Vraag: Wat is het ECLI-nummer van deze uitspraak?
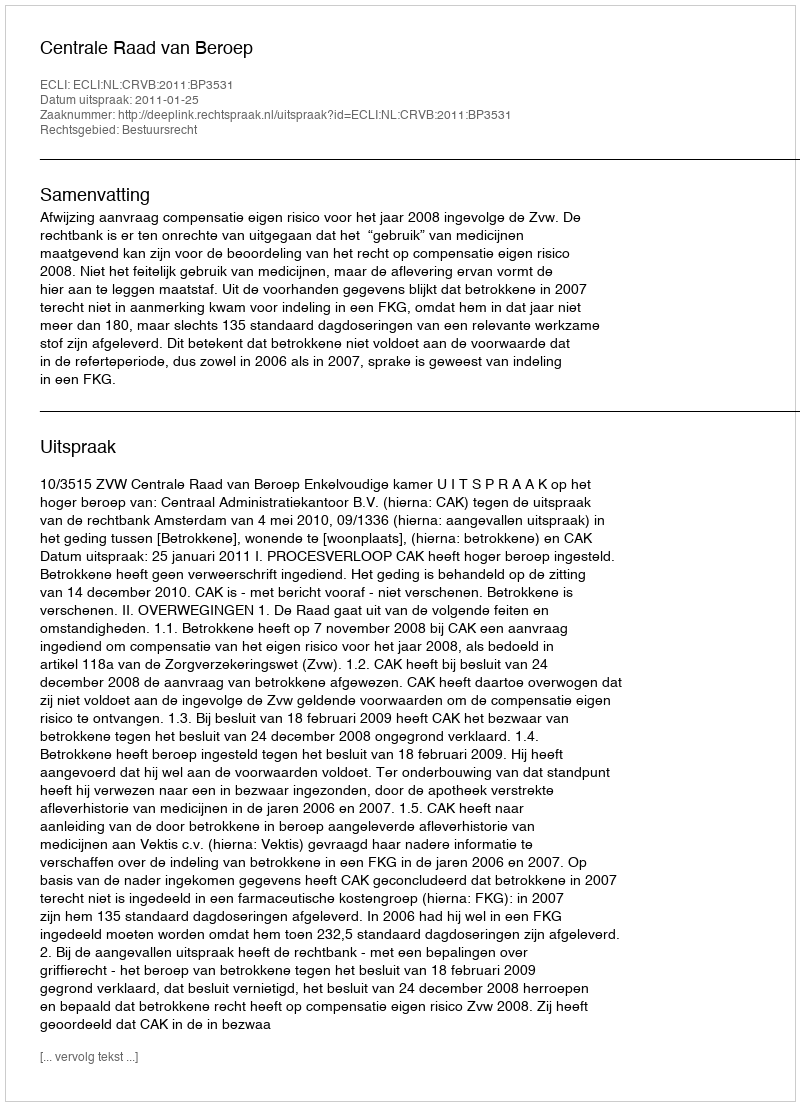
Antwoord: ECLI:NL:CRVB:2011:BP3531